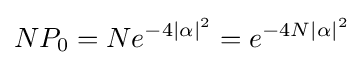
NP_{0}=Ne^{-4\mid \alpha \mid ^{2}}=e^{-4N\mid \alpha \mid ^{2}}